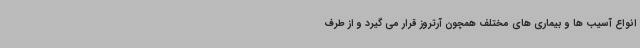
انواع آسیب ها و بیماری های مختلف همچون آرتروز قرار می گیرد و از طرف